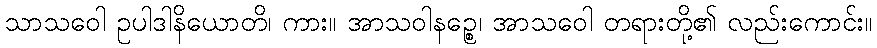
သာသဝေါ ဥပါဒါနိယောတိ၊ ကား။ အာသဝါနဉ္စေ၊ အာသဝေါ တရားတို့၏ လည်းကောင်း။